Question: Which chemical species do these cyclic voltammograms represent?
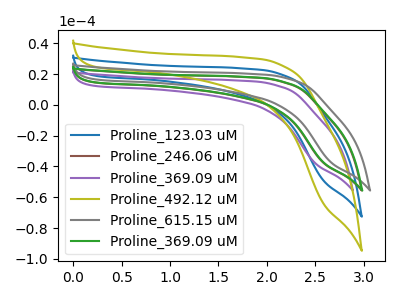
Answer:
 <answer>The blue curve is labeled "Proline_123.03 uM". The brown curve is labeled "Proline_246.06 uM". The purple curve is labeled "Proline_369.09 uM". The olive curve is labeled "Proline_492.12 uM". The gray curve is labeled "Proline_615.15 uM". The green curve is labeled "Proline_369.09 uM".</answer>
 <eval></eval>